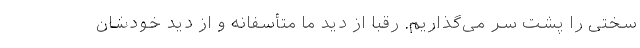
سختی را پشت سر می‌گذاریم. رقبا از دید ما متأسفانه و از دید خودشان